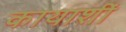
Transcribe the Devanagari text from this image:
कायाशीं